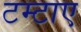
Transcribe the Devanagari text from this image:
टम्टाए